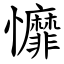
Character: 戂